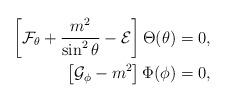
LaTeX: \begin{align*}\left[\mathcal{F}_{\theta}+\frac{m^2}{\sin^2\theta}-\mathcal{E}\right]\Theta(\theta)=0,\\\left[\mathcal{G}_{\phi}-m^2\right]\Phi(\phi)=0,\end{align*}